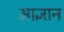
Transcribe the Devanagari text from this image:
आज्ञान